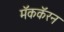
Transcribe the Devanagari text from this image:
मॅककॅरन